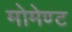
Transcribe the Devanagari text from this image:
मोमेण्ट